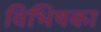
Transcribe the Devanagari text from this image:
विभिषका